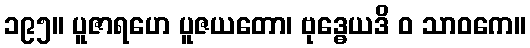
၁၉၅။ ပူဇာရဟေ ပူဇယတော၊ ဗုဒ္ဓေယဒိ ဝ သာဝကေ။